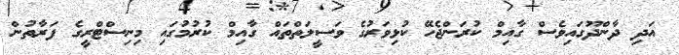
އަދި ދާންދޫގައިވެސް ގާއިމް ކުރަންޖެހޭ ކުޅިވަރުގެ ވަސީލަތްތައް ގާއިމް ކުރުމުގައި މިނިސްޓްރީގެ ފަރާތުން